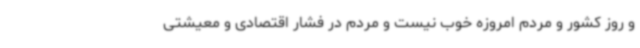
و روز کشور و مردم امروزه خوب نیست و مردم در فشار اقتصادی و معیشتی